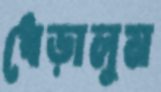
ধেড়ালুম